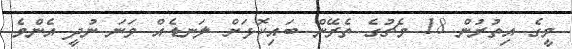
މީގެ އިތުރުން 18 މެޗުގެ ތެރޭން ބައިކޮޅަށް ލަނޑެއް ވަނަ ނުދީ އެންމެ